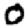
Digit: 0